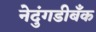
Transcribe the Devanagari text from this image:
नेदुंगडीबँक